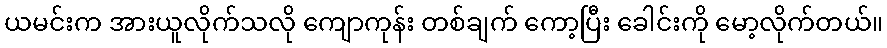
ယမင်းက အားယူလိုက်သလို ကျောကုန်း တစ်ချက် ကော့ပြီး ခေါင်းကို မော့လိုက်တယ်။